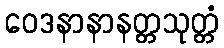
ဝေဒနာနာနတ္တသုတ္တံ